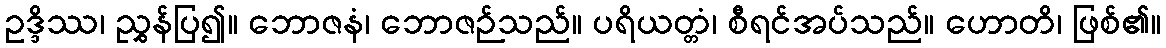
ဥဒ္ဒိဿ၊ ညွှန်ပြ၍။ ဘောဇနံ၊ ဘောဇဉ်သည်။ ပရိယတ္တံ၊ စီရင်အပ်သည်။ ဟောတိ၊ ဖြစ်၏။